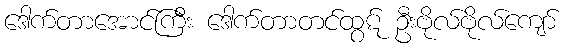
ဒေါက်တာအောင်ကြီး ဒေါက်တာတင်ထွဋ် ဦးဗိုလ်ဗိုလ်ကျော်